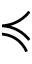
\preccurlyeq